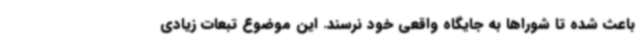
باعث شده تا شوراها به جایگاه واقعی خود نرسند. این موضوع تبعات زیادی